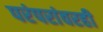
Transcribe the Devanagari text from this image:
परंपरांवरही